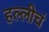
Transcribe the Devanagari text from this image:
हल्लीचं